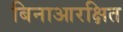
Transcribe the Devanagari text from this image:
बिनाआरक्षित